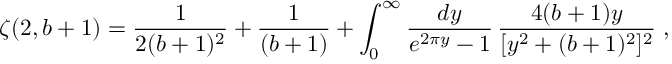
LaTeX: \zeta ( 2 , b + 1 ) = \frac { 1 } { 2 ( b + 1 ) ^ { 2 } } + \frac { 1 } { ( b + 1 ) } + \int _ { 0 } ^ { \infty } \frac { d y } { e ^ { 2 \pi y } - 1 } \, \frac { 4 ( b + 1 ) y } { [ y ^ { 2 } + ( b + 1 ) ^ { 2 } ] ^ { 2 } } \; ,